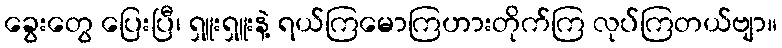
ခွေးတွေ ပြေးပြီ၊ ရှူးရှူးနဲ့ ရယ်ကြမောကြဟားတိုက်ကြ လုပ်ကြတယ်ဗျာ။